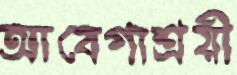
আবেগাশ্রয়ী